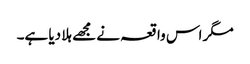
مگر اس واقعہ نے مجھے ہلا دیا ہے۔